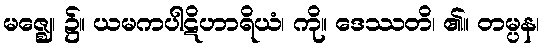
မဇ္ဈေ၊ ၌။ ယမကပါဋိဟာရိယံ၊ ကို။ ဒေဿတိ၊ ၏။ တမ္ပန၊